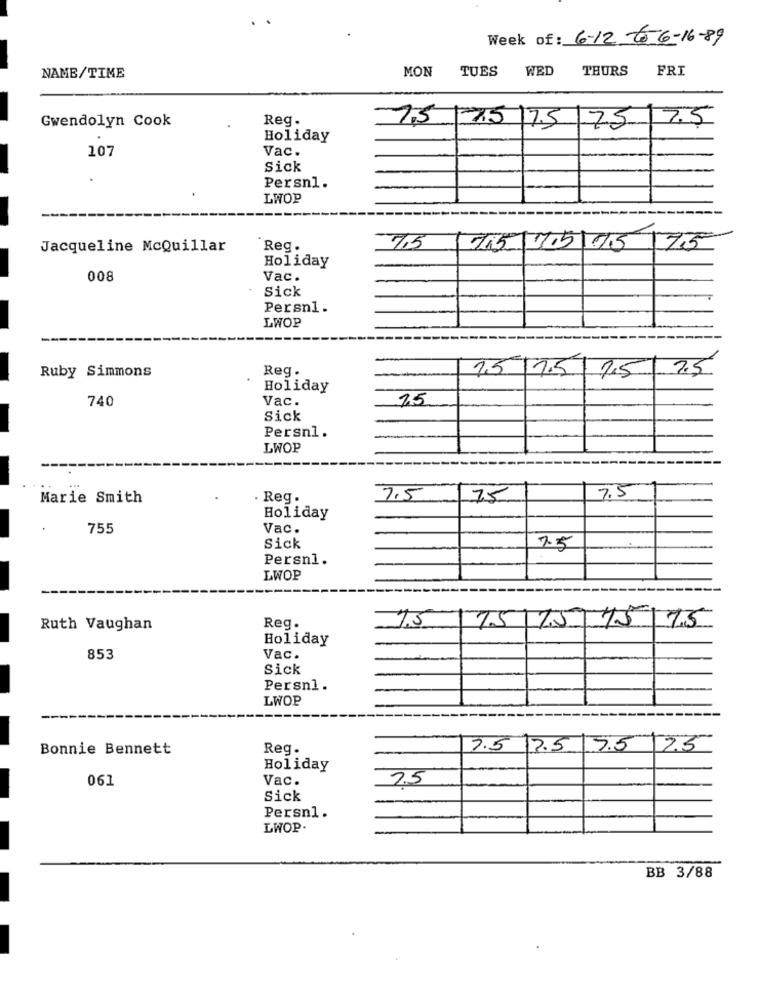
Week of: 6-12-to 6-16-89
MON
TUES
WED
THURS
FRI
NAME/TIME
Gwendolyn Cook
Reg.
7.5
75 75/75 75
Holiday
Vac.
107
Sick
.
Persn1.
LWOP
7.5
Jacqueline McQuillar
Reg.
7/5/1/5/05/75
Holiday
008
Vac.
Sick
Persn1.
LWOP
Ruby Simmons
Reg.
7.5
25 /1.5 15
Holiday
740
Vac.
75
Sick
Persnl.
LWOP
Marie Smith
Reg.
7.5
75
7.5
Holiday
755
Vac.
Sick
7.5
Persn1.
LWOP
7.5
Ruth Vaughan
Reg.
75/15 15 75
Holiday
853
Vac.
Sick
Persnl.
LWOP
Bonnie Bennett
Reg.
7.5 17.5 7.5 2.5
Holiday
061
Vac.
7.5
Sick
Persn1.
LWOP.
BB 3/88